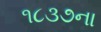
૧૮૩૭ના